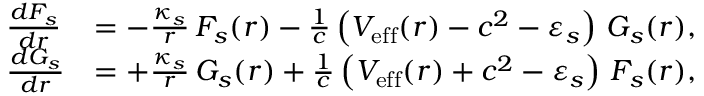
\begin{array} { r l r } & { \frac { d F _ { s } } { d r } } & { = - \frac { \kappa _ { s } } { r } \, F _ { s } ( r ) - \frac { 1 } { c } \left( V _ { \mathrm { e f f } } ( r ) - c ^ { 2 } - \varepsilon _ { s } \right) \, G _ { s } ( r ) , } \\ & { \frac { d G _ { s } } { d r } } & { = + \frac { \kappa _ { s } } { r } \, G _ { s } ( r ) + \frac { 1 } { c } \left( V _ { \mathrm { e f f } } ( r ) + c ^ { 2 } - \varepsilon _ { s } \right) \, F _ { s } ( r ) , } \end{array}